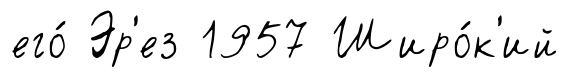
его́ Эр'ез 1957 Широ́к'ий